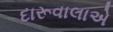
દારૂવાલાએ